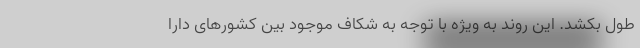
طول بکشد. این روند به ویژه با توجه به شکاف موجود بین کشورهای دارا